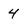
Character: 4